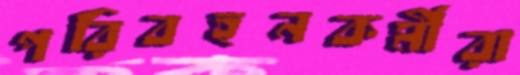
পরিবহনকর্মীরা